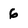
Character: 6